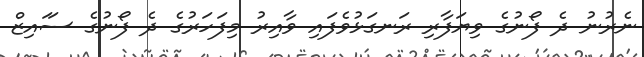
ނެރުނު ދެ ފޯނުގެ ވިޔަފާރި ރަނގަޅުވެފައި ވާއިރު މިފަހަރުގެ ދެ ފޯނުގެ ސަައިޒް